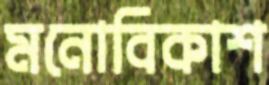
মনোবিকাশ